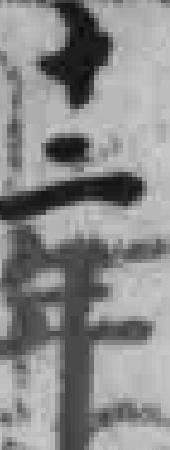
十二年